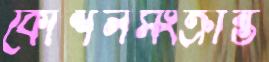
কৌশলসংক্রান্ত